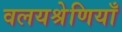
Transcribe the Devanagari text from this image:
वलयश्रेणियाँ